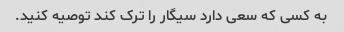
به کسی که سعی دارد سیگار را ترک کند توصیه کنید.